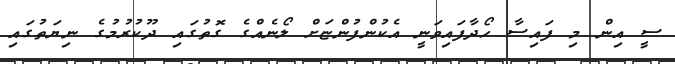
ސީ އިން މި ފައިސާ ހޯދާފައިވަނީ އެކުންފުންޏަށް ލޯނެއްގެ ގޮތުގައި ދޫކުރުމުގެ ނިޔަތުގައި